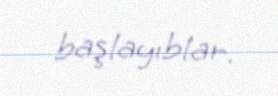
başlayıblar.